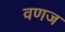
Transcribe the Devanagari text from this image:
वणज